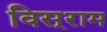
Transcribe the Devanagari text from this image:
विस्‌राम